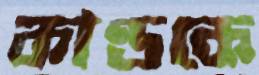
কাণ্ডকে